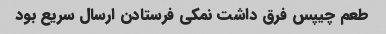
طعم چیپس فرق داشت نمکی فرستادن ارسال سریع بود